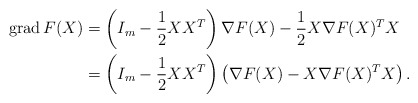
\begin{align*}{\rm grad}\,F(X) &= \left( I_m - \frac{1}{2}XX^T \right) \nabla F(X) - \frac{1}{2}X\nabla F(X)^TX \\&= \left( I_m - \frac{1}{2}XX^T \right) \left( \nabla F(X) - X\nabla F(X)^TX \right). \end{align*}